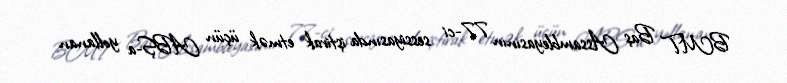
BMT Baş Assambleyasının 77-ci sessiyasında iştirak etmək üçün ABŞ-a yollanan